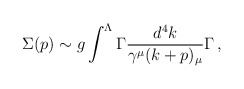
\begin{align*}\Sigma(p)\sim g\int^{\Lambda }\Gamma\frac{d^{4}k}{ \gamma^\mu (k+p)_\mu}\Gamma \, ,\end{align*}